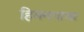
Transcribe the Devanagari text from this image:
हिमनगावर